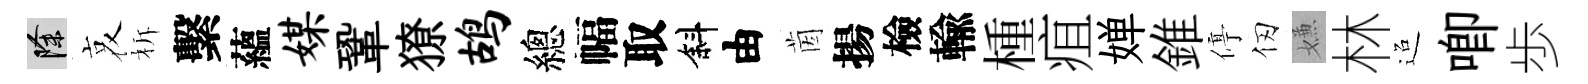
除哀柝繫蘊媒鞏獠鸪總幅取斜由茵揚檢輸㮔疽婵錐停仞嫌林迢唧歩